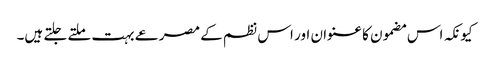
کیونکہ اس مضمون کا عنوان اور اس نظم کے مصرعے بہت ملتے جلتے ہیں۔